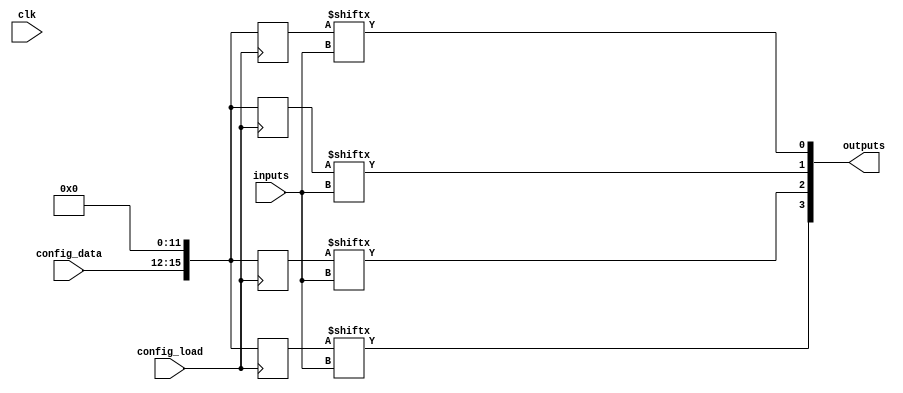
module programmable_logic_device (
    input wire clk,                      // Clock input
    input wire [3:0] inputs,             // 4-bit input vector
    input wire [3:0] config_data,        // Configuration data for LUTs
    input wire config_load,              // Signal to load configuration
    output wire [3:0] outputs            // 4-bit output vector
);

// Configuration Memory (LUTs)
reg [15:0] lut [0:3];                   // 4 LUTs with 16 entries each

// Flip-Flops for storing state
reg [3:0] ff_state;                     // State of flip-flops

// Output Buffers
wire [3:0] buffered_outputs;

// Combinational Logic Block (CLB)
always @(*) begin
    // Example LUT functionality
    outputs[0] = lut[0][inputs];        // LUT0
    outputs[1] = lut[1][inputs];        // LUT1
    outputs[2] = lut[2][inputs];        // LUT2
    outputs[3] = lut[3][inputs];        // LUT3
end

// Configuration Logic
always @(posedge config_load) begin
    // Load configuration data into LUTs
    lut[0] <= {config_data[3:0], 12'b0}; // Example: Load data into LUT0
    lut[1] <= {config_data[3:0], 12'b0}; // Example: Load data into LUT1
    lut[2] <= {config_data[3:0], 12'b0}; // Example: Load data into LUT2
    lut[3] <= {config_data[3:0], 12'b0}; // Example: Load data into LUT3
end

// Flip-Flop Logic
always @(posedge clk) begin
    ff_state <= outputs;                 // Store output in flip-flops
end

// Output Buffering
assign buffered_outputs = ff_state;    // Buffering the output state

endmodule